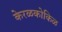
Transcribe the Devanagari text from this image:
केरळकोकिळ